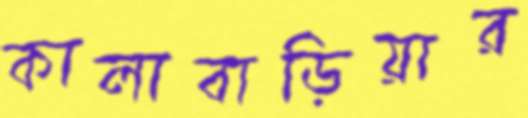
কালাবাড়িয়ার